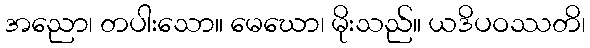
အညော၊ တပါးသော။ မေဃော၊ မိုးသည်။ ယဒိပဝဿတိ၊